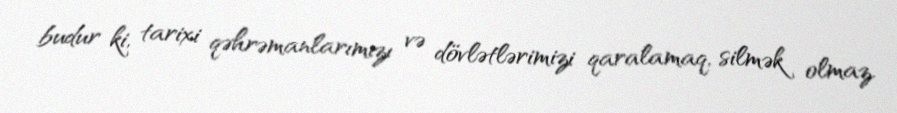
budur ki, tarixi qəhrəmanlarımızı və dövlətlərimizi qaralamaq, silmək olmaz.